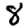
Digit: 8